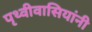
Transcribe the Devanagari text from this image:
पृथ्वीवासियांनी